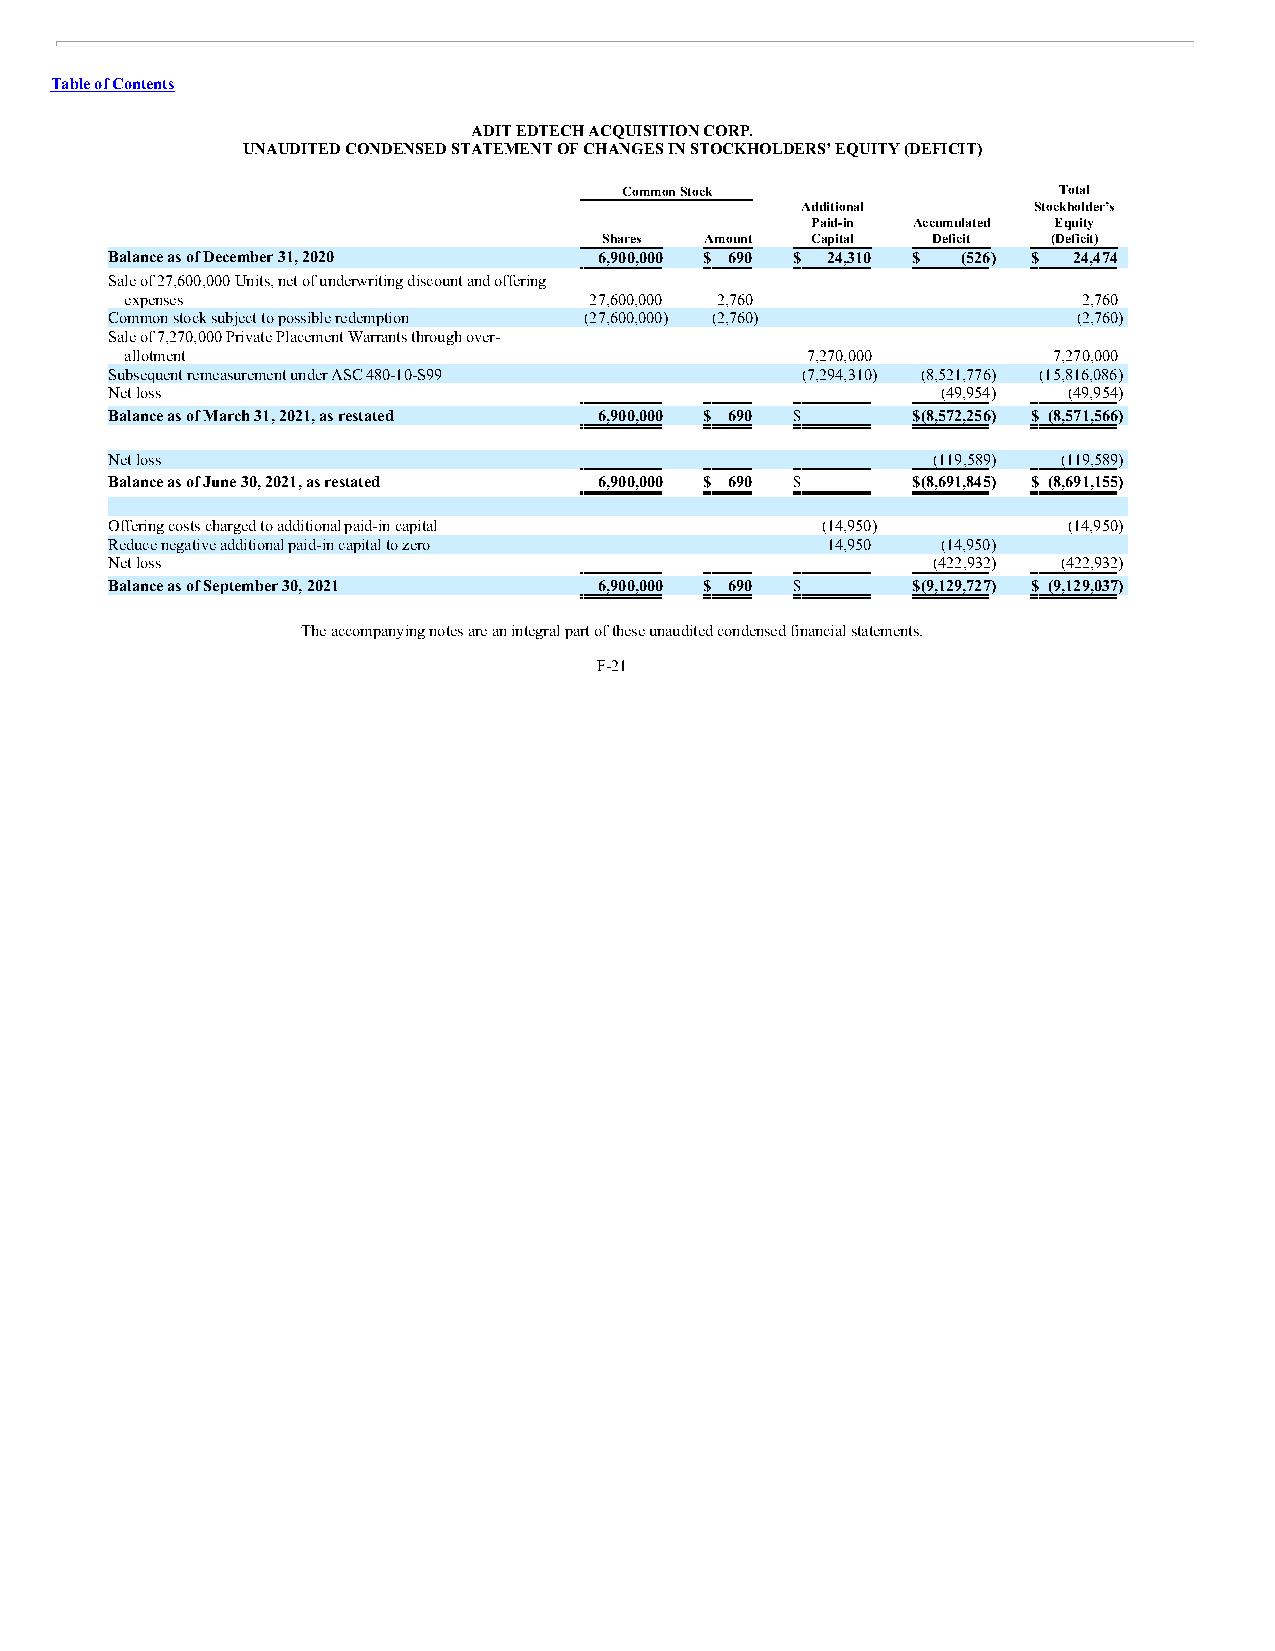
Table of Contents
 ADIT EDTECH ACQUISITION CORP.
 UNAUDITED CONDENSED STATEMENT OF CHANGES IN STOCKHOLDERS’ EQUITY (DEFICIT)
 Common Stock                 Total
 Additional     Stockholder’s
 Paid-in Accumulated Equity
 Shares Amount Capital Deficit (Deficit)
 Balance as of December 31, 2020  6,900,000 $ 690 $ 24,310 $ (526) $ 24,474
 Sale of 27,600,000 Units, net of underwriting discount and offering
 expenses                       27,600,000 2,760 —       —       2,760
 Common stock subject to possible redemption (27,600,000) (2,760) — — (2,760)
 Sale of 7,270,000 Private Placement Warrants through over-
 allotment                         —     —    7,270,000  —     7,270,000
 Subsequent remeasurement under ASC 480-10-S99 — — (7,294,310) (8,521,776) (15,816,086)
 Net loss                           —     —       —     (49,954) (49,954)
 Balance as of March 31, 2021, as restated 6,900,000 $ 690 $ — $(8,572,256) $ (8,571,566)
 Net loss                           —     —       —     (119,589) (119,589)
 Balance as of June 30, 2021, as restated 6,900,000 $ 690 $ — $(8,691,845) $ (8,691,155)
 Offering costs charged to additional paid-in capital — — (14,950) — (14,950)
 Reduce negative additional paid-in capital to zero — — 14,950 (14,950) —
 Net loss                           —     —       —     (422,932) (422,932)
 Balance as of September 30, 2021 6,900,000 $ 690 $ — $(9,129,727) $ (9,129,037)
 The accompanying notes are an integral part of these unaudited condensed financial statements.
 F-21